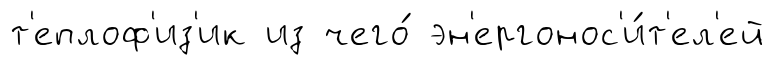
т'еплоф'из'ик из чего́ эн'ергонос'и́т'ел'ей